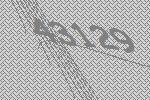
43129